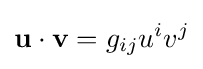
\mathbf {u} \cdot \mathbf {v} =g_{ij}u^{i}v^{j}